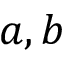
a , b